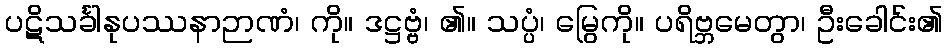
ပဋိသင်္ခါနုပဿနာဉာဏံ၊ ကို။ ဒဋ္ဌဗ္ဗံ၊ ၏။ သပ္ပံ၊ မြွေကို။ ပရိဗ္ဘမေတွာ၊ ဦးခေါင်း၏